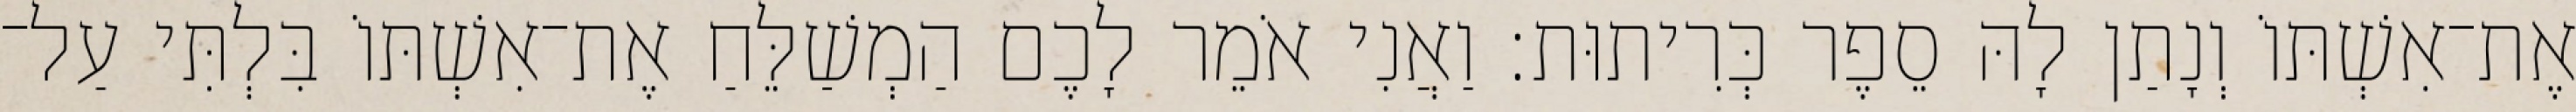
אֶת־אִשְׁתּוֹ וְנָתַן לָהּ סֵפֶר כְּרִיתוּת׃ וַאֲנִי אֹמֵר לָכֶם הַמְשַׁלֵּחַ אֶת־אִשְׁתּוֹ בִּלְתִּי עַל־